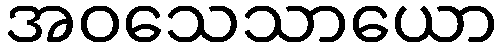
အဝသေသာယော